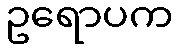
ဥရောပက